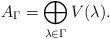
LaTeX: \begin{align*} A_\Gamma = \bigoplus_{\lambda \in \Gamma} V(\lambda).\end{align*}